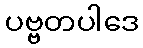
ပဗ္ဗတပါဒေ